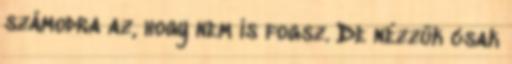
számodra az, hogy nem is fogsz. De nézzük csak